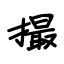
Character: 撮